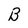
Character: B